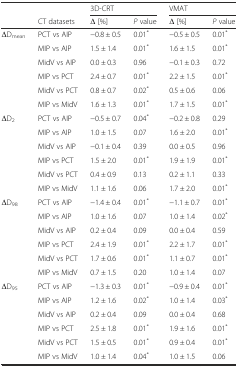
<table><thead><tr><td></td><td></td><td colspan="2"><b>3D-CRT</b></td><td colspan="2"><b>VMAT</b></td></tr><tr><td></td><td><b>CT datasets</b></td><td><b>Δ [%]</b></td><td><b><i>P</i> value</b></td><td><b>Δ [%]</b></td><td><b><i>P</i> value</b></td></tr></thead><tbody><tr><td>ΔD<sub>mean</sub></td><td>PCT vs AIP</td><td>−0.8 ± 0.5</td><td>0.01<sup>*</sup></td><td>−0.5 ± 0.5</td><td>0.01<sup>*</sup></td></tr><tr><td></td><td>MIP vs AIP</td><td>1.5 ± 1.4</td><td>0.01<sup>*</sup></td><td>1.6 ± 1.5</td><td>0.01<sup>*</sup></td></tr><tr><td></td><td>MidV vs AIP</td><td>0.0 ± 0.3</td><td>0.96</td><td>−0.1 ± 0.3</td><td>0.72</td></tr><tr><td></td><td>MIP vs PCT</td><td>2.4 ± 0.7</td><td>0.01<sup>*</sup></td><td>2.2 ± 1.5</td><td>0.01<sup>*</sup></td></tr><tr><td></td><td>MidV vs PCT</td><td>0.8 ± 0.7</td><td>0.02<sup>*</sup></td><td>0.5 ± 0.6</td><td>0.06</td></tr><tr><td></td><td>MIP vs MidV</td><td>1.6 ± 1.3</td><td>0.01<sup>*</sup></td><td>1.7 ± 1.5</td><td>0.01<sup>*</sup></td></tr><tr><td>ΔD<sub>2</sub></td><td>PCT vs AIP</td><td>−0.5 ± 0.7</td><td>0.04<sup>*</sup></td><td>−0.2 ± 0.8</td><td>0.29</td></tr><tr><td></td><td>MIP vs AIP</td><td>1.0 ± 1.5</td><td>0.07</td><td>1.6 ± 2.0</td><td>0.01<sup>*</sup></td></tr><tr><td></td><td>MidV vs AIP</td><td>−0.1 ± 0.4</td><td>0.39</td><td>0.0 ± 0.5</td><td>0.96</td></tr><tr><td></td><td>MIP vs PCT</td><td>1.5 ± 2.0</td><td>0.01<sup>*</sup></td><td>1.9 ± 1.9</td><td>0.01<sup>*</sup></td></tr><tr><td></td><td>MidV vs PCT</td><td>0.4 ± 0.9</td><td>0.13</td><td>0.2 ± 1.1</td><td>0.33</td></tr><tr><td></td><td>MIP vs MidV</td><td>1.1 ± 1.6</td><td>0.06</td><td>1.7 ± 2.0</td><td>0.01<sup>*</sup></td></tr><tr><td>ΔD<sub>98</sub></td><td>PCT vs AIP</td><td>−1.4 ± 0.4</td><td>0.01<sup>*</sup></td><td>−1.1 ± 0.7</td><td>0.01<sup>*</sup></td></tr><tr><td></td><td>MIP vs AIP</td><td>1.0 ± 1.6</td><td>0.07</td><td>1.0 ± 1.4</td><td>0.02<sup>*</sup></td></tr><tr><td></td><td>MidV vs AIP</td><td>0.2 ± 0.4</td><td>0.09</td><td>0.0 ± 0.4</td><td>0.59</td></tr><tr><td></td><td>MIP vs PCT</td><td>2.4 ± 1.9</td><td>0.01<sup>*</sup></td><td>2.2 ± 1.7</td><td>0.01<sup>*</sup></td></tr><tr><td></td><td>MidV vs PCT</td><td>1.7 ± 0.6</td><td>0.01<sup>*</sup></td><td>1.1 ± 0.7</td><td>0.01<sup>*</sup></td></tr><tr><td></td><td>MIP vs MidV</td><td>0.7 ± 1.5</td><td>0.20</td><td>1.0 ± 1.4</td><td>0.07</td></tr><tr><td>ΔD<sub>95</sub></td><td>PCT vs AIP</td><td>−1.3 ± 0.3</td><td>0.01<sup>*</sup></td><td>−0.9 ± 0.4</td><td>0.01<sup>*</sup></td></tr><tr><td></td><td>MIP vs AIP</td><td>1.2 ± 1.6</td><td>0.02<sup>*</sup></td><td>1.0 ± 1.4</td><td>0.03<sup>*</sup></td></tr><tr><td></td><td>MidV vs AIP</td><td>0.2 ± 0.4</td><td>0.09</td><td>0.0 ± 0.4</td><td>0.68</td></tr><tr><td></td><td>MIP vs PCT</td><td>2.5 ± 1.8</td><td>0.01<sup>*</sup></td><td>1.9 ± 1.6</td><td>0.01<sup>*</sup></td></tr><tr><td></td><td>MidV vs PCT</td><td>1.5 ± 0.5</td><td>0.01<sup>*</sup></td><td>0.9 ± 0.4</td><td>0.01<sup>*</sup></td></tr><tr><td></td><td>MIP vs MidV</td><td>1.0 ± 1.4</td><td>0.04<sup>*</sup></td><td>1.0 ± 1.5</td><td>0.06</td></tr></tbody></table>